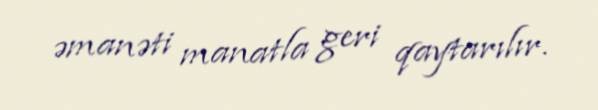
əmanəti manatla geri qaytarılır.